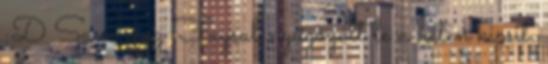
:D Sam meg Faysal nyűgözött le a héten kicsit.